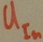
Text: UIn